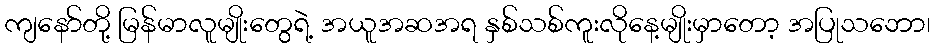
ကျနော်တို့ မြန်မာလူမျိုးတွေရဲ့ အယူအဆအရ နှစ်သစ်ကူးလိုနေ့မျိုးမှာတော့ အပြုသဘော၊